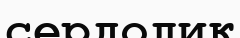
сердолик